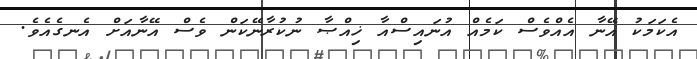
އެކަމަކު އޭނާ އެއްވެސް ކަމެއް އުނައިސްއާ ޚިއްޞާ ނުކުރާނޭކަން ވެސް އޭނާއަށް އެނގެއެވެ.